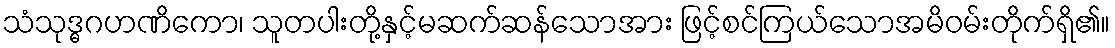
သံသုဒ္ဓဂဟဏိကော၊ သူတပါးတို့နှင့်မဆက်ဆန်သောအား ဖြင့်စင်ကြယ်သောအမိဝမ်းတိုက်ရှိ၏။